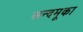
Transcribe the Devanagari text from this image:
अन्दमूका